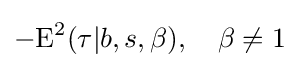
-{\text{E}}^{2}(\tau |b,s,\beta ),\quad \beta \neq 1